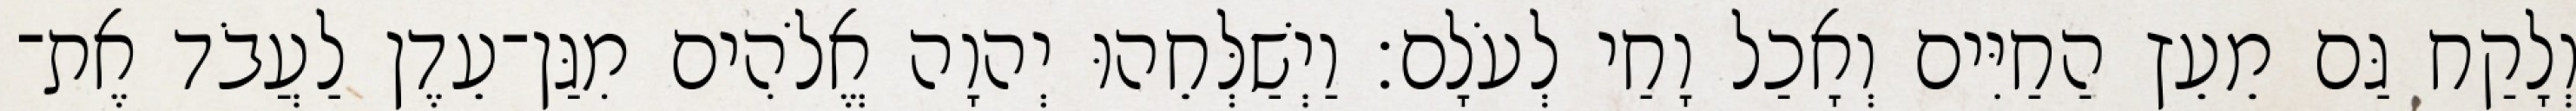
וְלָקַח גַּם מֵעֵץ הַחַיִּים וְאָכַל וָחַי לְעֹלָם׃ וַיְשַׁלְּחֵהוּ יְהוָה אֱלֹהִים מִגַּן־עֵדֶן לַעֲבֹד אֶת־